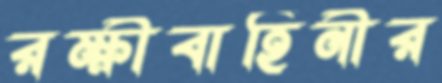
রক্ষীবাহিনীর